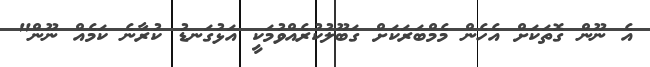
އެ ނޫން ގޮތަކަށް އެހެން މެމްބަރަކަށް ގަބޫލުކުރެއްވުމަކީ އަޅުގަނޑު ކުރާނެ ކަމެއް ނޫން"